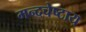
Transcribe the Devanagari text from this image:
मन्दचेष्टाय